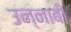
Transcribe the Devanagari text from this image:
उन्नाबी